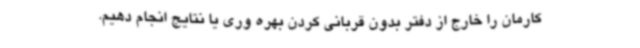
کارمان را خارج از دفتر بدون قربانی کردن بهره وری یا نتایج انجام دهیم.